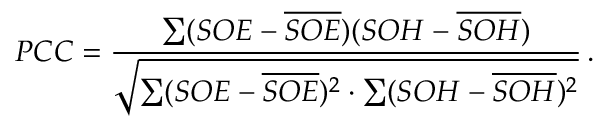
P C C = \frac { \sum ( S O E - \overline { { S O E } } ) ( S O H - \overline { { S O H } } ) } { \sqrt { \sum ( S O E - \overline { { S O E } } ) ^ { 2 } \cdot \sum ( S O H - \overline { { S O H } } ) ^ { 2 } } } \, .